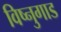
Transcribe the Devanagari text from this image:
विष्नुगाड